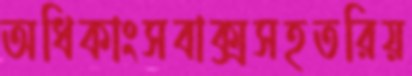
অধিকাংসবাক্সসহতরিয়